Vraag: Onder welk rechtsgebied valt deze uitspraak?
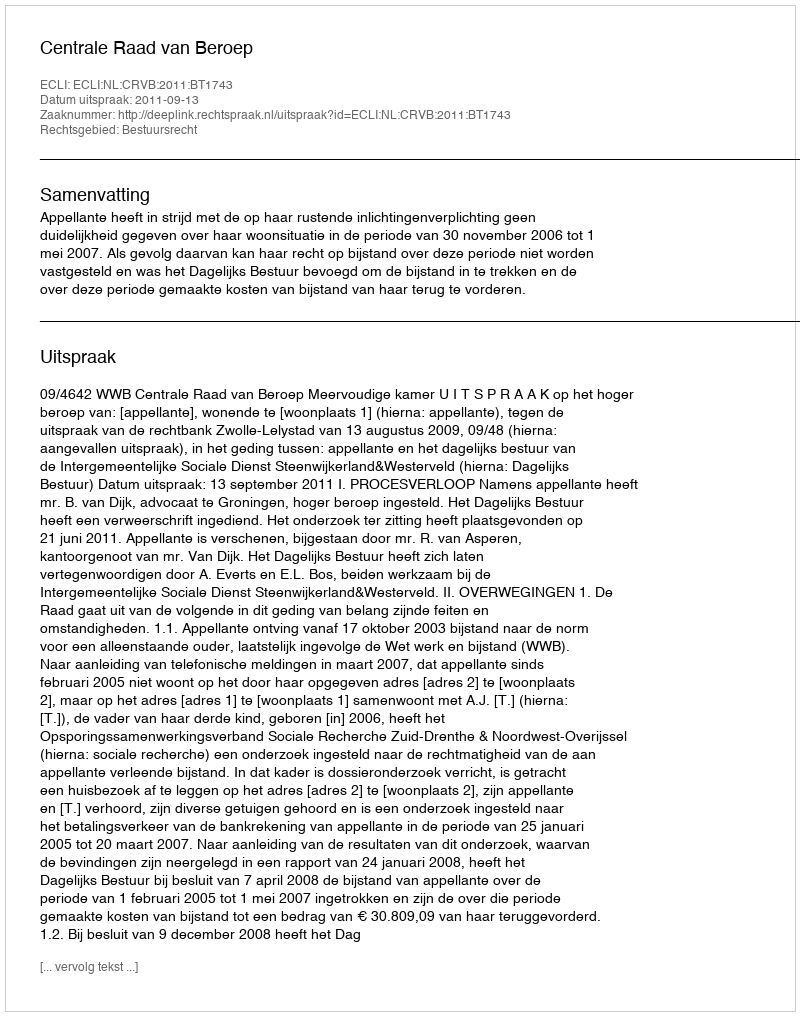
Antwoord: Bestuursrecht